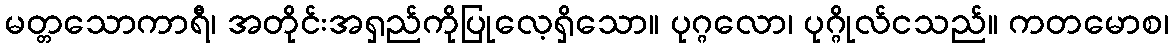
မတ္တသောကာရီ၊ အတိုင်းအရှည်ကိုပြုလေ့ရှိသော။ ပုဂ္ဂလော၊ ပုဂ္ဂိုလ်ငသည်။ ကတမောစ၊